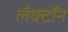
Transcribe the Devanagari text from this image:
लैक्टॉन